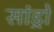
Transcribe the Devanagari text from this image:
सांड्रो